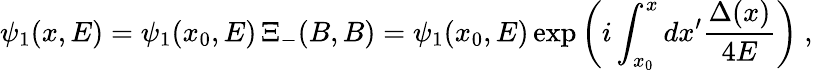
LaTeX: \psi_{1}(x,E)=\psi_{1}(x_{0},E)\, \Xi_{-}(B,B)=\psi_{1}(x_{0},E)\exp\left(i\int_{x_{0}}^{x}dx^{\prime}\frac{\Delta(x)}{4E}\right)\ ,